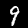
Digit: 9